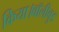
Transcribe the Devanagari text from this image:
किया।बॉलीवुड